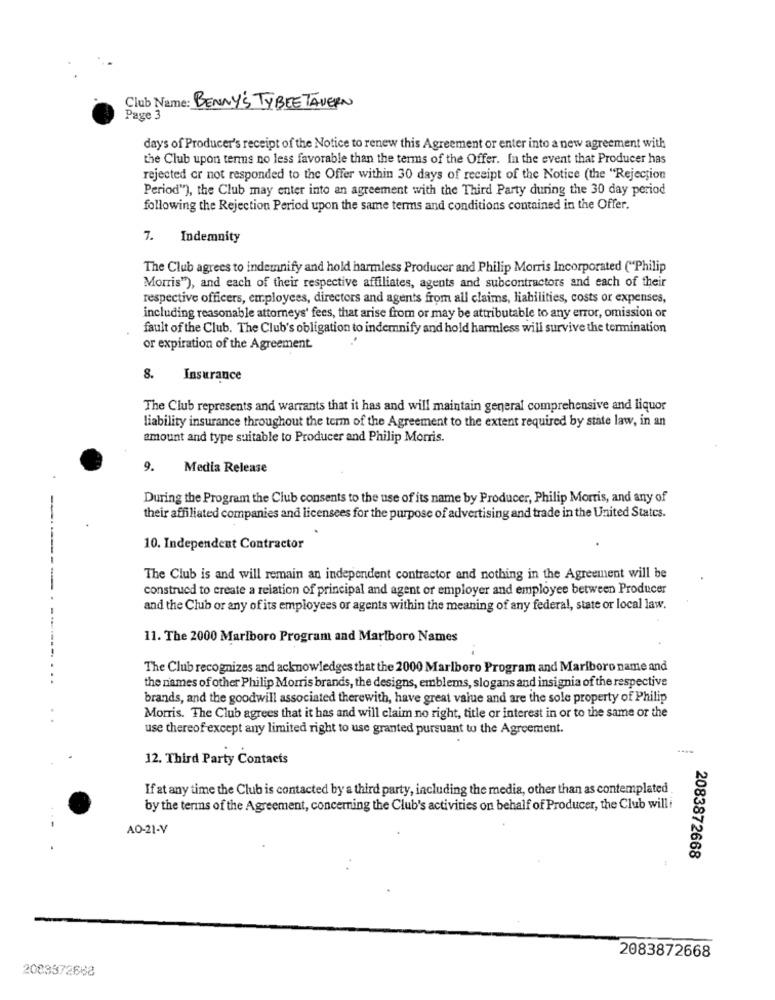
Club Name: BENNY'S TYBEE TAVERN
Page 3
days of Producer's receipt of the Notice to renew this Agreement or enter into a new agreement with
the Club upon terms no less favorable than the terms of the Offer. In the event that Producer has
rejected or not responded to the Offer within 30 days of receipt of the Notice (the "Rejection
Period"), the Club may enter into an agreement with the Third Party during the 30 day period
following the Rejection Period upon the same terms and conditions contained in the Offer.
7. Indemnity
The Club agrees to indemnify and hold harmless Producer and Philip Morris Incorporated ("Philip
Morris"), and each of their respective affiliates, agents and subcontractors and each of their
respective officers, employees, directors and agents from all claims, liabilities, costs or expenses,
including reasonable attorneys' fees, that arise from or may be attributable to any error, omission or
fault of the Club. The Club's obligation to indemnify and hold harmless will survive the termination
or expiration of the Agreement.
8.
Insurance
The Club represents and warrants that it has and will maintain general comprehensive and liquor
liability insurance throughout the term of the Agreement to the extent required by state law, in an
amount and type suitable to Producer and Philip Morris.
9. Media Release
During the Program the Club consents to the use of its name by Producer, Philip Morris, and any of
their affiliated companies and licensees for the purpose of advertising and trade in the United States.
10. Independent Contractor
The Club is and will remain an independent contractor and nothing in the Agreement will be
------
construed to create a relation of principal and agent or employer and employee between Producer
and the Club or any of its employees or agents within the meaning of any federal, state or local law.
11. The 2000 Marlboro Program and Marlboro Names
The Club recognizes and acknowledges that the 2000 Marlboro Program and Marlboro name and
the names of other Philip Morris brands, the designs, emblems, slogans and insignia of the respective
brands, and the goodwill associated therewith, have great value and are the sole property of Philip
Morris. The Club agrees that it has and will claim no right, title or interest in or to the same or the
use thereof except any limited right to use granted pursuant to the Agreement.
12. Third Party Contacts
If at any time the Club is contacted by a third party, including the media, other than as contemplated
by the terms of the Agreement, concerning the Club's activities on behalf of Producer, the Club willi
AO-21-V
2083872668
2083872668
2083372668